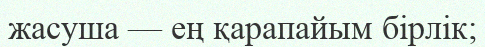
жасуша — ең қарапайым бірлік;